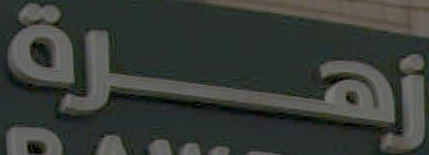
زهرة